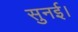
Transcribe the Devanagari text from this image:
सुनई।